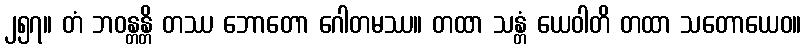
၂၅၇။ တံ ဘဝန္တန္တိ တဿ ဘောတော ဂေါတမဿ။ တထာ သန္တံ ယေဝါတိ တထာ သတောယေဝ။